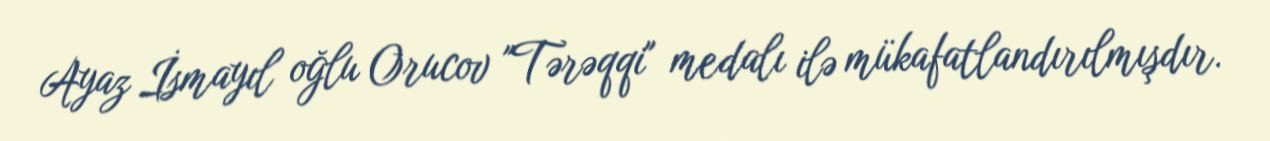
Ayaz İsmayıl oğlu Orucov "Tərəqqi" medalı ilə mükafatlandırılmışdır.